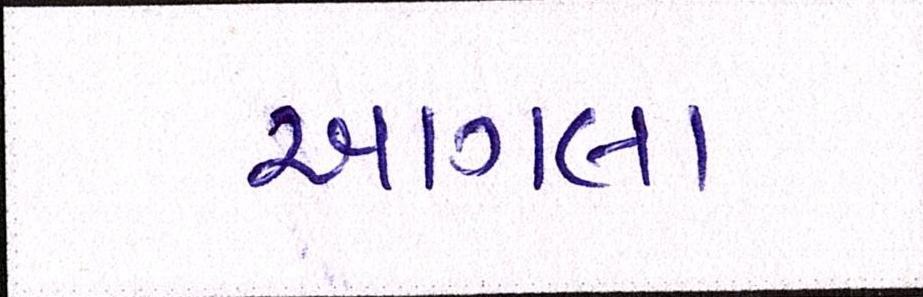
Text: આગલા